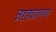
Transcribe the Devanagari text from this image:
आवडायचा